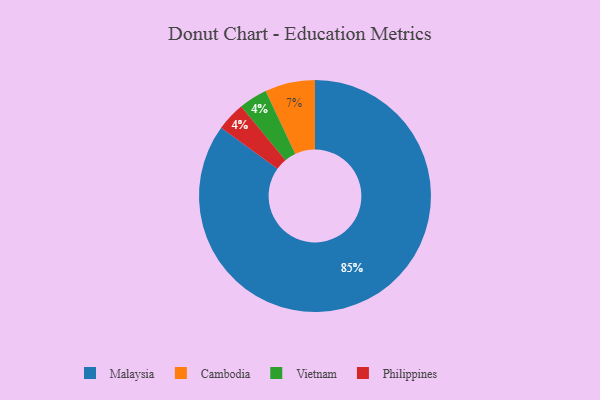
{"axis": {"x": "Category", "y": "Percentage"}, "legend": ["Cambodia", "Malaysia", "Philippines", "Vietnam"], "data": [{"x": "Vietnam", "y": 4, "type": "Vietnam"}, {"x": "Philippines", "y": 4, "type": "Philippines"}, {"x": "Cambodia", "y": 7, "type": "Cambodia"}, {"x": "Malaysia", "y": 85, "type": "Malaysia"}]}